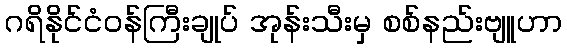
ဂရိနိုင်ငံဝန်ကြီးချုပ် အုန်းသီးမှ စစ်နည်းဗျူဟာ